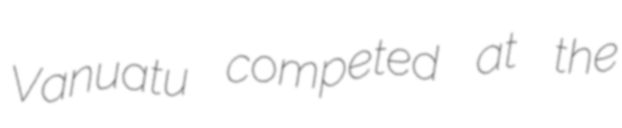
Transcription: Vanuatu competed at the